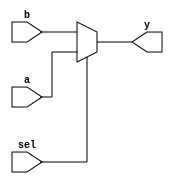
module combinational_logic (
    input wire a,
    input wire b,
    input wire sel,
    output reg y
);

always @(*) begin
    // Combinational logic: Multiplexer example
    if (sel) begin
        y = a;  // If sel is high, output a
    end else begin
        y = b;  // If sel is low, output b
    end
end

endmodule